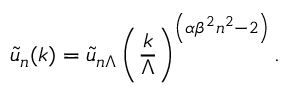
{ \tilde { u } _ { n } ( k ) } = { \tilde { u } _ { n \Lambda } } \left( { \frac { k } { \Lambda } } \right) ^ { \left( \alpha { \beta ^ { 2 } } n ^ { 2 } - 2 \right) } .